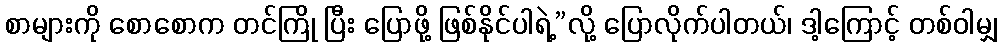
စာများကို စောစောက တင်ကြို ပြီး ပြောဖို့ ဖြစ်နိုင်ပါရဲ့”လို့ ပြောလိုက်ပါတယ်၊ ဒါ့ကြောင့် တစ်ဝါမျှ